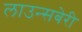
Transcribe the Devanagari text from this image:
लाउन्सबेरी